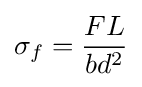
\sigma _{f}={\frac {FL}{bd^{2}}}